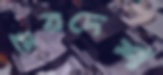
মিত্রদেশ